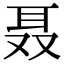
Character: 聂